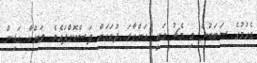
ވެހުމުގެ ސަބަބުން މި މެޗު ވަނީ އަންގާރަ ދުވަހަށް ފަސްކޮށްފައެވެ. ލަންކާ ގަޑިން